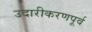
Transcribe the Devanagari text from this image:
उदारीकरणपूर्व